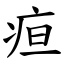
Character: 疸